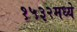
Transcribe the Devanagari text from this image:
१५३२मध्ये